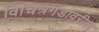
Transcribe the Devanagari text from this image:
विचित्रगडावरील